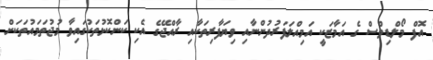
އޮފް މޯލްޑިވްސް ގެ އަމާޒަކީ އަމިއްލަފަރުދުންނާއި ވިޔަފާރިތަކާއި ރާއްޖޭގެ އެކި ކަންކޮޅުތަކުގައިވާ މުޖުތަމައުތަކަށް